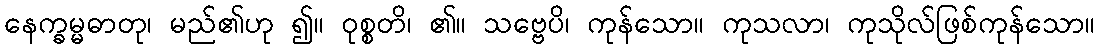
နေက္ခမ္မဓာတု၊ မည်၏ဟု ၍။ ဝုစ္စတိ၊ ၏။ သဗ္ဗေပိ၊ ကုန်သော။ ကုသလာ၊ ကုသိုလ်ဖြစ်ကုန်သော။